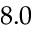
8 . 0